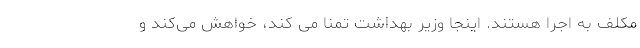
مکلف به اجرا هستند. اینجا وزیر بهداشت تمنا می کند، خواهش می‌کند و